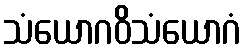
သံယောဂဝိသံယောဂံ